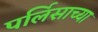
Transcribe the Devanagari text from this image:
पर्लिसाच्या